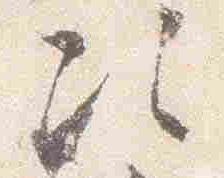
次